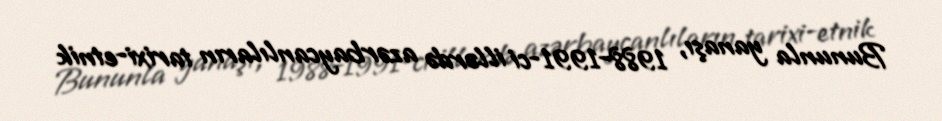
Bununla yanaşı, 1988-1991-ci illərdə azərbaycanlıların tarixi-etnik